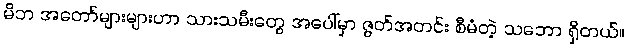
မိဘ အတော်များများဟာ သားသမီးတွေ အပေါ်မှာ ဇွတ်အတင်း စီမံတဲ့ သဘော ရှိတယ်။